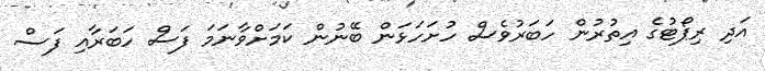
އަދި ރިޕޯޓުގެ އިތުރުން ހަބަރުވެސް ހުށަހަޅަން ބޭނުން ކަމަށްވާނަމަ ފަސް ހަބަރާއި ފަސް